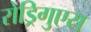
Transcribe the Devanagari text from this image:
रोड्रिगुएस